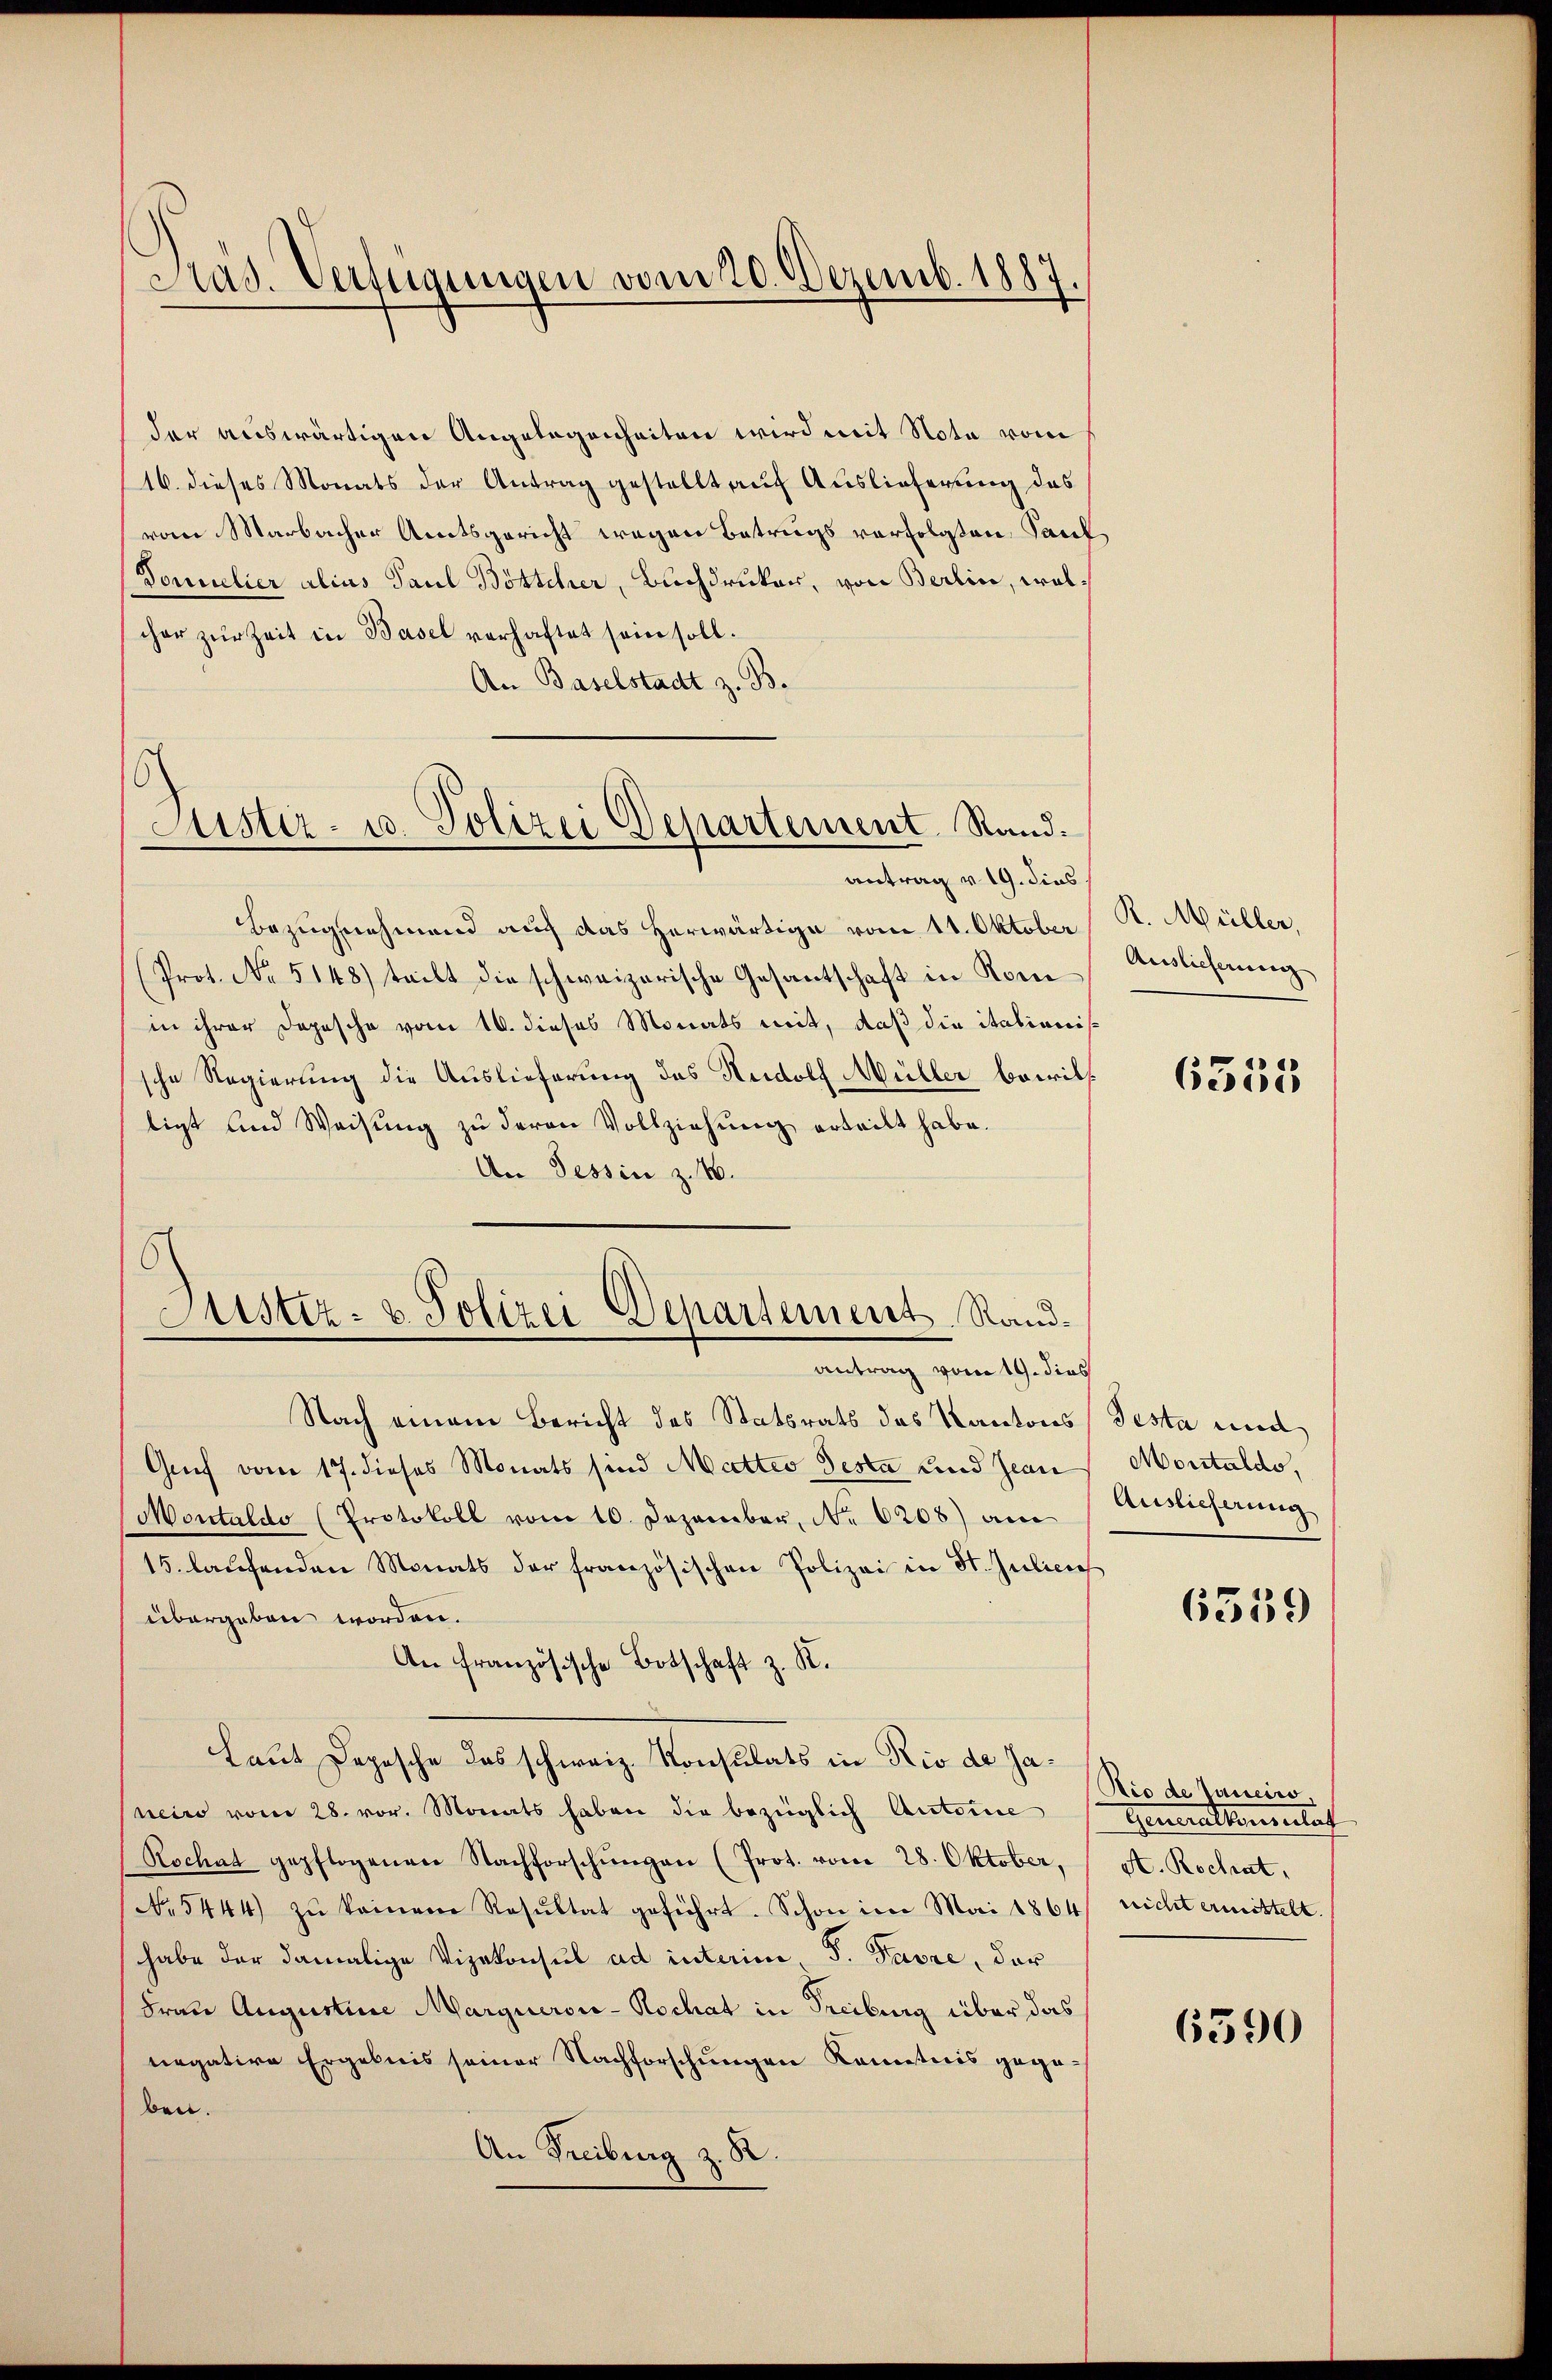
Prad. Verfügungen vom 20. Dezemb. 1887.

der auswärtigen Angelegenheiten wird mit Nota vom
16. dieses Monats der Antrag gestellt auf Auslieferung des
vom Marbacher Amtsgericht wegen Betrugs verfolgten Saul¬
Domelier alius Paul Böttcher, Buchdrucker, von Berlin, welscher zŭr Zeit in Basel verhaftet sein soll.
An Baselstadt z. B.

Justiz- u. Polizei Departement Rand:

antrag v. 19. dies
Bezugnehmend auch das herwärtige vom 11. Oktober
(Prot. No. 5148) teilt die schweizerische Gesantschaft in Komin ihrer Dopesche vom 10. dieses Monats mit, daß die italienissche Regierung die Auslieferung des Rudolf Müller bewilligt und Weisŭng zu deren Vollziehung erteilt habe.
An Tessin z. B.
Justiz- u. Polizei Departement Rand¬

antrag vom 19. dies

Nach einem Bericht des Statsrats das Kantons Testa und
Gruf vom 17. dieses Monats sind Mattes Testa und Jean
Montaldo (Protokoll vom 10. Dezember, No 6208) am
15. laŭfenden Monats der französischen Polizei in St. Julich
übergeben worden.
An französische Botschaft z. R.
Laut Depesche das schweiz. Konsulats in Rio de Janeiro vom 28. vor. Monats haben die bezüglich Autorie
Rochat gepflogenen Nachforschŭngen (Prot. vom 28. Oktober,
No 5444) zŭ keinene Resultat geführt. Schon im Mai 1864
habe der damalige Vizekonsul ad interim, S. Favre, der
Frau Augustine Margueror-Kochat in Freiburg über das
negative Ergebnis seiner Nachforschungen Kenntnis gegeben.
An Freiburg z. R.

R. Müller,
Auslieferen |

6555

Montaldo,
Auslieferung

6359

Rio de Juniciro,
Generaltenensaf
A. Rochat,
reicht ermittelt.

6590